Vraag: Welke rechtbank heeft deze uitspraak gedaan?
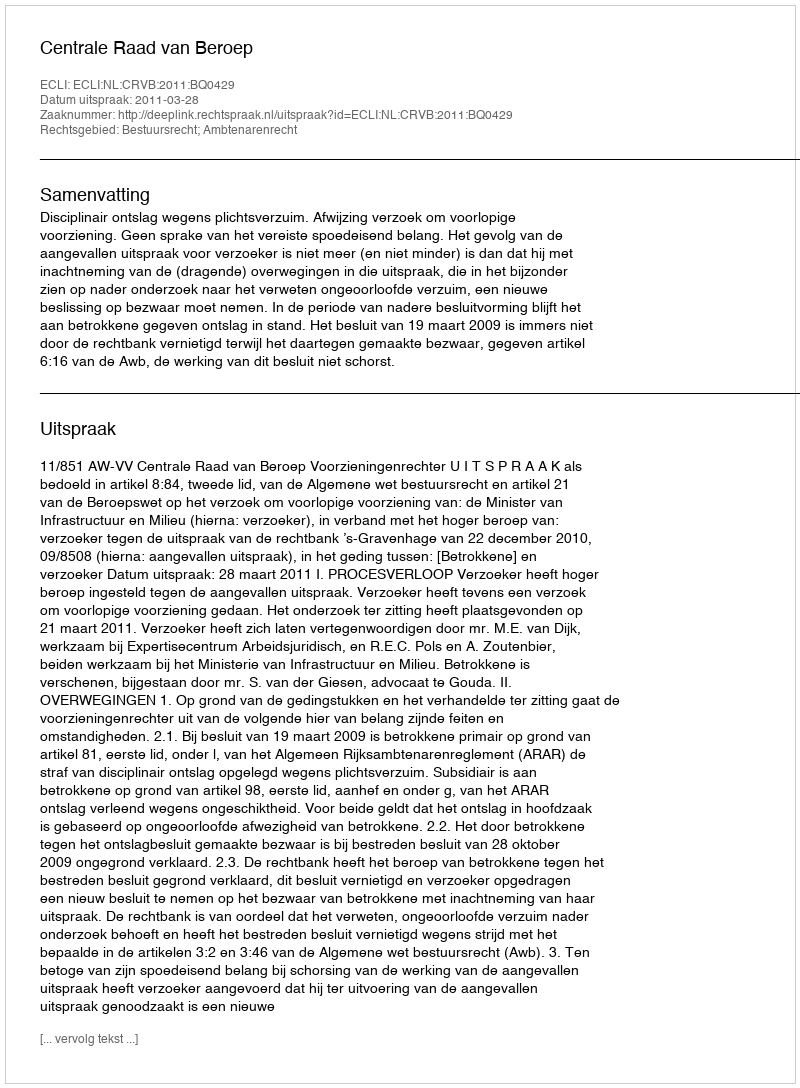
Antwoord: Centrale Raad van Beroep